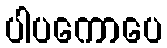
ပါပကောပေ